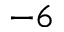
^ { - 6 }